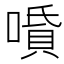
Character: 𠼠